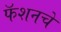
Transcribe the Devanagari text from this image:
फॅशनचे